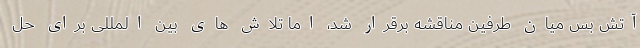
آتش بس میان طرفین مناقشه برقرار شد، اما تلاش های بین المللی برای حل